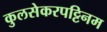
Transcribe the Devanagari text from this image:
कुलसेकरपट्टिनम